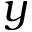
y